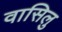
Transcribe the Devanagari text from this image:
वासिलु